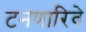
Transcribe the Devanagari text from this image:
टनणारिवे